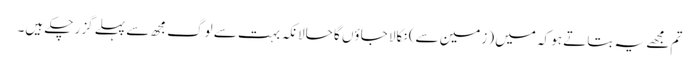
تم مجھے یہ بتاتے ہو کہ میں (زمین سے) نکالا جاؤں گا حالانکہ بہت سے لوگ مجھ سے پہلے گزر چکے ہیں۔